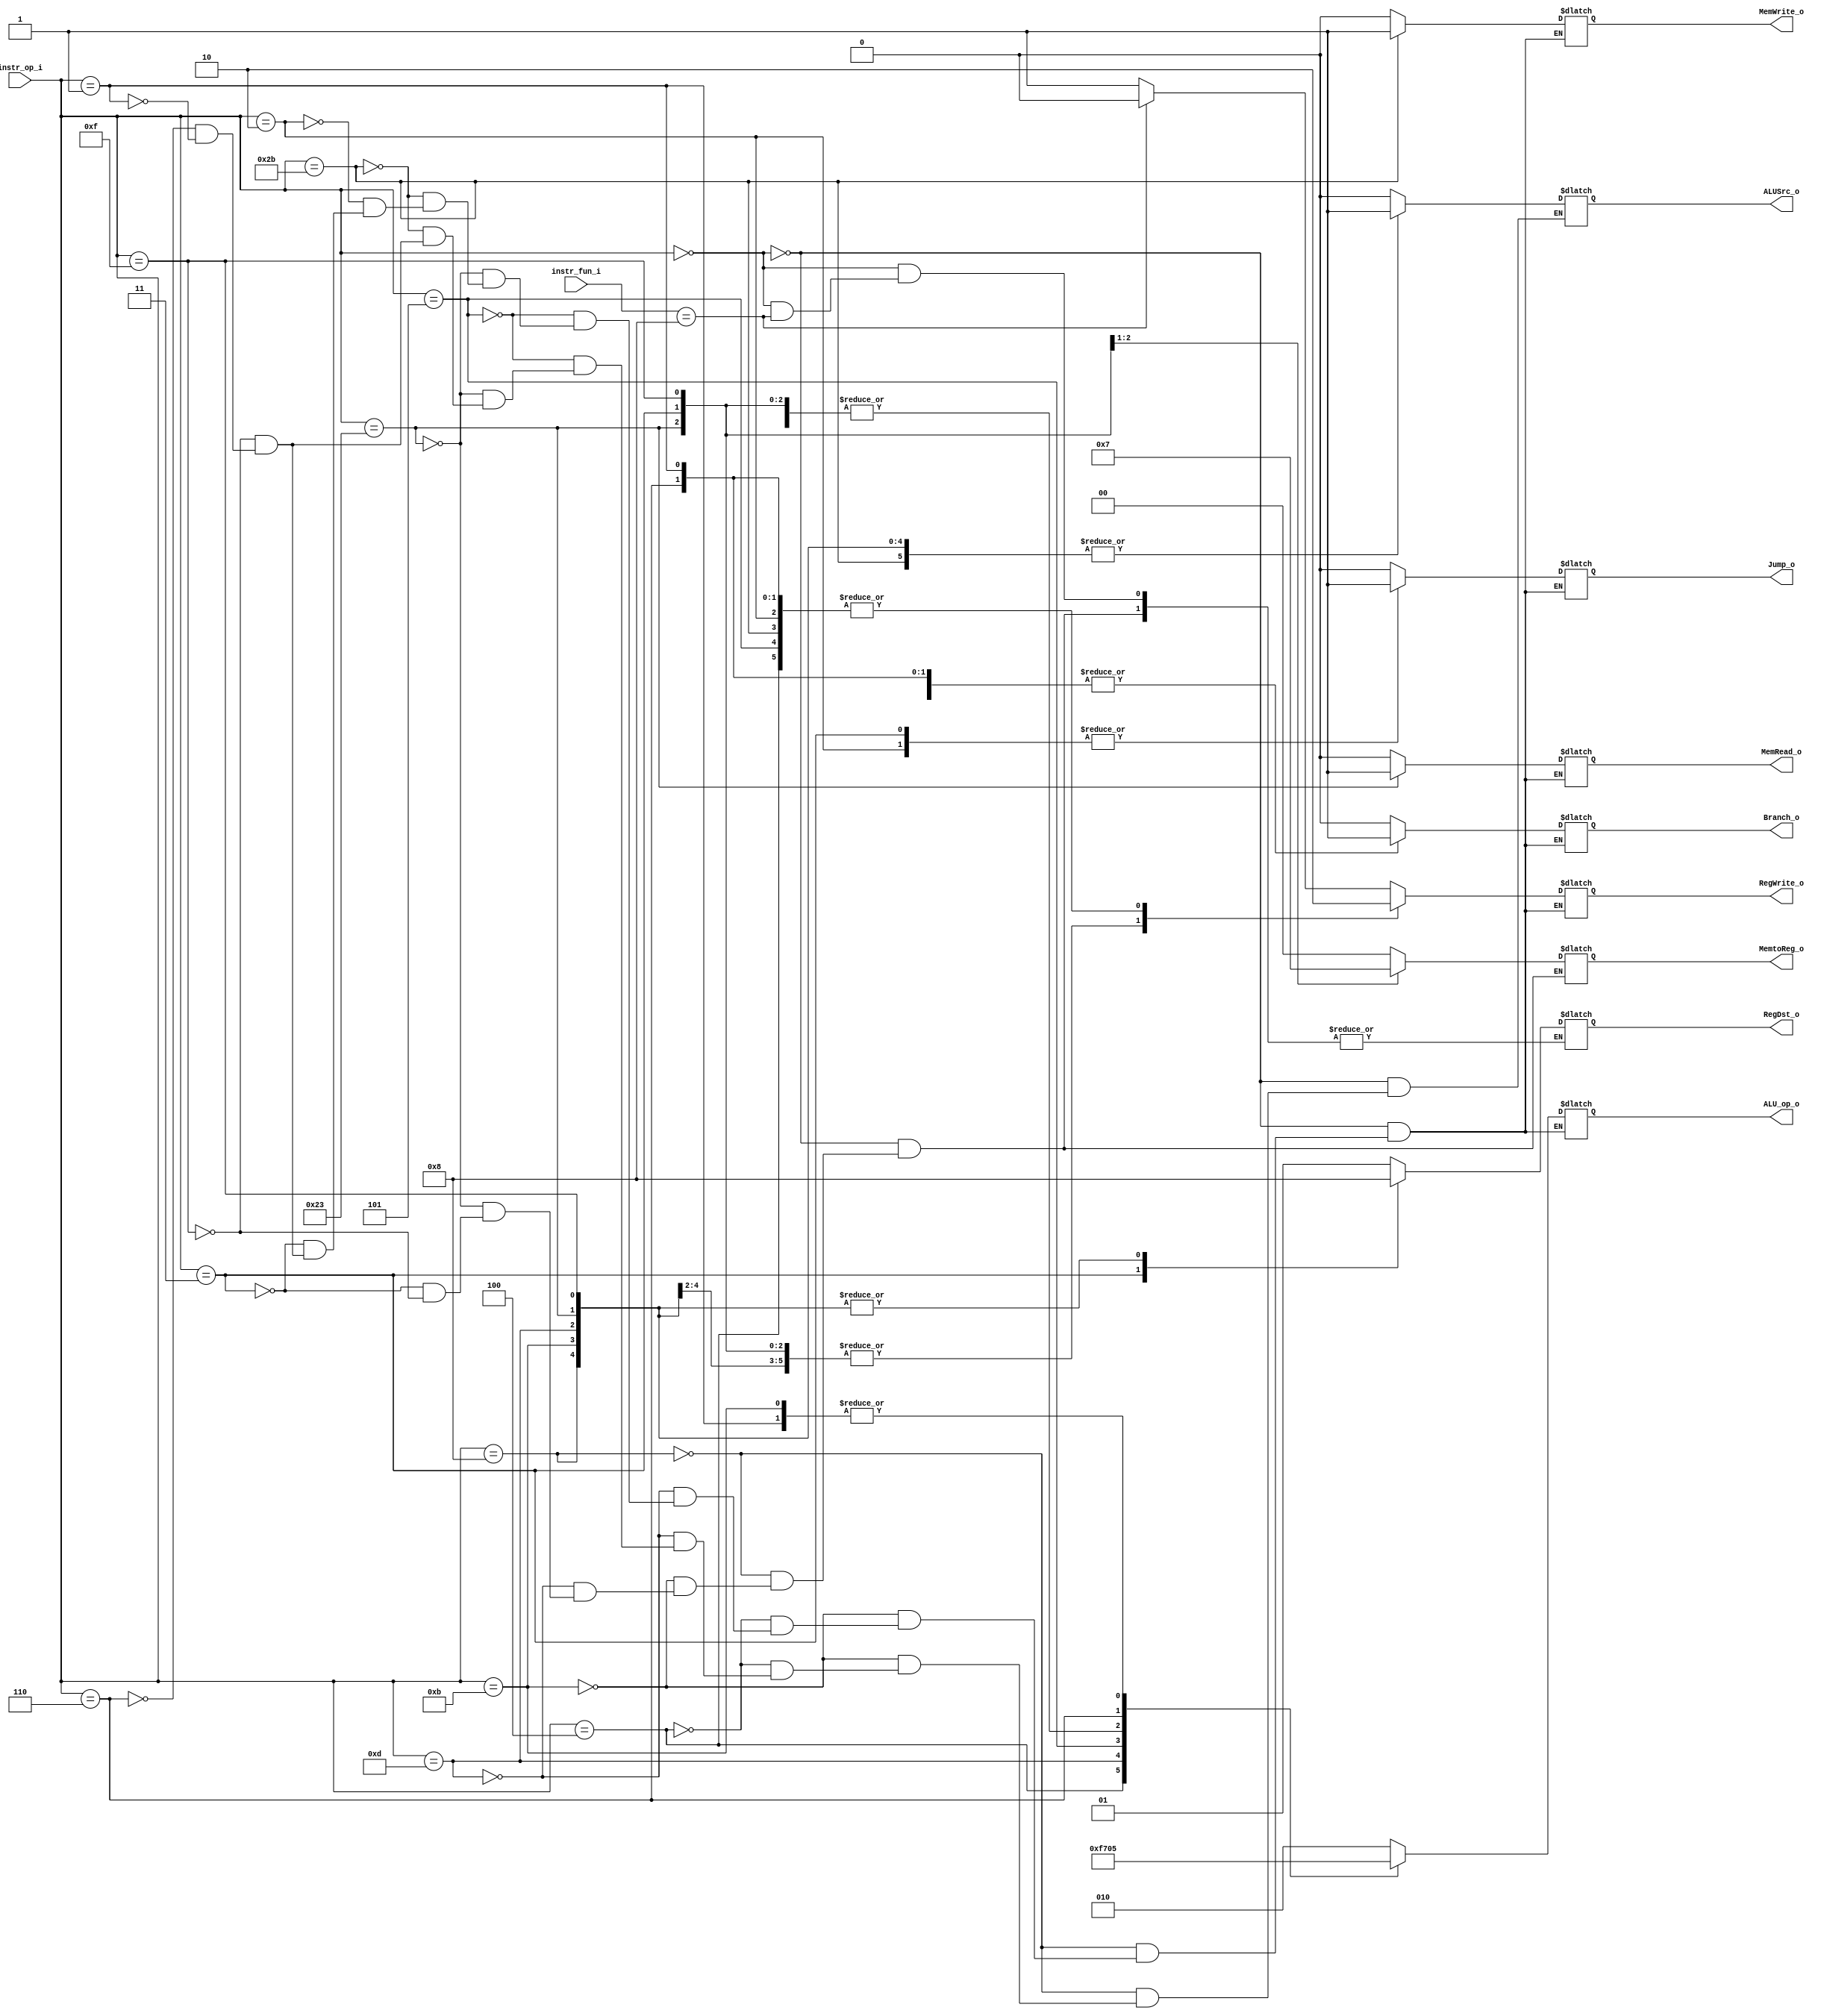
//Subject:     CO project 3 - Decoder
//--------------------------------------------------------------------------------
//Version:     1
//--------------------------------------------------------------------------------
//Writer:      
//0616059  0616223 
//Date:        5/20
//----------------------------------------------
//Description: controller
//--------------------------------------------------------------------------------

module Decoder(
  instr_op_i,
  instr_fun_i,
	RegWrite_o,
	ALU_op_o,
	ALUSrc_o,
	RegDst_o,
	Branch_o,
//lab
	Jump_o,
	MemRead_o,
	MemWrite_o,
	MemtoReg_o
	);
     
//I/O ports
input  [6-1:0] instr_op_i;
input  [6-1:0] instr_fun_i;

output         RegWrite_o;
output [3-1:0] ALU_op_o;
output         ALUSrc_o;
output [2-1:0] RegDst_o;
output         Branch_o;
//lab3
output		   Jump_o;
output		   MemRead_o;
output		   MemWrite_o;
output [2-1:0] MemtoReg_o;
 
//Internal Signals
reg    [3-1:0] ALU_op_o;
reg            ALUSrc_o;
reg            RegWrite_o;
reg    [2-1:0] RegDst_o;
reg            Branch_o;
//lab3
reg		       Jump_o;
reg		       MemRead_o;
reg		       MemWrite_o;
reg	   [2-1:0] MemtoReg_o;

//Parameter


//Main function

always @( * )
	
	begin

	case(instr_op_i)

		6'b000000 : 
			begin
				if(instr_fun_i==6'b001000) //jr
					begin
					 	ALU_op_o = 3'b010; 
						ALUSrc_o = 1'b0; 
						RegWrite_o = 1'b0;
						//RegDst_o = 2'b01;
						Branch_o = 1'b0;
						//lab3
						Jump_o = 1'b0;
						MemRead_o = 1'b0;
						MemWrite_o = 1'b0;
						MemtoReg_o = 2'b00;
					 end
				else	  
					begin
						ALU_op_o = 3'b010; 
						ALUSrc_o = 1'b0; 
						RegWrite_o = 1'b1;
						RegDst_o = 2'b01;
						Branch_o = 1'b0;
						//lab3
						Jump_o = 1'b0;
						MemRead_o = 1'b0;
						MemWrite_o = 1'b0;
						MemtoReg_o = 2'b00;
					end
			end

		6'b001000 : // addi
			begin
				ALU_op_o = 3'b100;
				ALUSrc_o = 1'b1;
				RegWrite_o = 1'b1;
				RegDst_o = 2'b00;
				Branch_o = 1'b0;
				//lab3
				Jump_o = 1'b0;
				MemRead_o = 1'b0;
				MemWrite_o = 1'b0;
				MemtoReg_o = 2'b00;
			end

		6'b001011 : // sltiu 
			begin
				ALU_op_o = 3'b101;
				ALUSrc_o = 1'b1;
				RegWrite_o = 1'b1;
				RegDst_o = 2'b00;
				Branch_o = 1'b0;
				//lab3
				Jump_o = 1'b0;
				MemRead_o = 1'b0;
				MemWrite_o = 1'b0;
				MemtoReg_o = 2'b00;
			end	

		6'b000100 : // beq
			begin
				ALU_op_o = 3'b001;
				ALUSrc_o = 1'b0;
				RegWrite_o = 1'b0;
				Branch_o = 1'b1;
				//lab3
				Jump_o = 1'b0;
				MemRead_o = 1'b0;
				MemWrite_o = 1'b0;
				//MemtoReg_o = 2'b01;
			end

		/*6'b001111 : //lui
			begin
				ALU_op_o = 3'b110;
				ALUSrc_o = 1'b1;
				RegWrite_o = 1'b1;
				RegDst_o = 2'b00;
				Branch_o = 1'b0;
				//lab3
				Jump_o = 1'b0;
				MemRead_o = 1'b0;
				MemWrite_o = 1'b0;
				MemtoReg_o = 2'b00;
			end*/

		6'b001101 : //ori
			begin
				ALU_op_o = 3'b111;
				ALUSrc_o = 1'b1;
				RegWrite_o = 1'b1;
				RegDst_o = 2'b00;
				Branch_o = 1'b0;
				//lab3
				Jump_o = 1'b0;
				MemRead_o = 1'b0;
				MemWrite_o = 1'b0;
				MemtoReg_o = 2'b00;
			end

		6'b000101 : //bne
			begin
				ALU_op_o = 3'b011;
				ALUSrc_o = 1'b0;
				RegWrite_o = 1'b0;
				//RegDst_o = ;
				Branch_o = 1'b1;
				//lab3
				Jump_o = 1'b0;
				MemRead_o = 1'b0;
				MemWrite_o = 1'b0;
				//MemtoReg_o = ;
			end
// lab3
		6'b100011 : //lw
			begin
				ALU_op_o = 3'b100;
				ALUSrc_o = 1'b1;
				RegWrite_o = 1'b1;
				RegDst_o = 2'b00;
				Branch_o = 1'b0;
				Jump_o = 1'b0;
				MemRead_o = 1'b1;
				MemWrite_o = 1'b0;
				MemtoReg_o = 2'b01;
			end

		6'b101011 : //sw
			begin
				ALU_op_o = 3'b100;
				ALUSrc_o = 1'b1;
				RegWrite_o = 1'b0;
				//RegDst_o = 2'b0;
				Branch_o = 1'b0;
				Jump_o = 1'b0;
				MemRead_o = 1'b0;
				MemWrite_o = 1'b1;
				//MemtoReg_o = ;
			end

		6'b000010 : //j
			begin
				ALU_op_o = 3'b100;
				//ALUSrc_o = 1'b1;
				RegWrite_o = 1'b0;
				//RegDst_o = 2'b0;
				Branch_o = 1'b0;
				Jump_o = 1'b1;
				MemRead_o = 1'b0;
				MemWrite_o = 1'b0;
				//MemtoReg_o = ;
			end

		6'b000011 : //jal
			begin
				ALU_op_o = 3'b100;
				//ALUSrc_o = 1'b1;
				RegWrite_o = 1'b1;
				RegDst_o = 2'b10;
				Branch_o = 1'b0;
				Jump_o = 1'b1;
				MemRead_o = 1'b0;
				MemWrite_o = 1'b0;
				MemtoReg_o = 2'b11;
			end

		6'b001111 : //li
			begin
				ALU_op_o = 3'b100;
				ALUSrc_o = 1'b1;
				RegWrite_o = 1'b1;
				RegDst_o = 2'b00;
				Branch_o = 1'b0;
				//lab3
				Jump_o = 1'b0;
				MemRead_o = 1'b0;
				MemWrite_o = 1'b0;
				MemtoReg_o = 2'b00;
			end

		6'b000110 : //ble
			begin
				ALU_op_o = 3'b000;
				ALUSrc_o = 1'b0;
				RegWrite_o = 1'b0;
				//RegDst_o = ;
				Branch_o = 1'b1;
				//lab3
				Jump_o = 1'b0;
				MemRead_o = 1'b0;
				MemWrite_o = 1'b0;
				//MemtoReg_o = ;
			end

		6'b000001 : //bltz
			begin
				ALU_op_o = 3'b101;
				ALUSrc_o = 1'b0;
				RegWrite_o = 1'b0;
				//RegDst_o = ;
				Branch_o = 1'b1;
				//lab3
				Jump_o = 1'b0;
				MemRead_o = 1'b0;
				MemWrite_o = 1'b0;
				//MemtoReg_o = ;
			end






	endcase

	end

endmodule